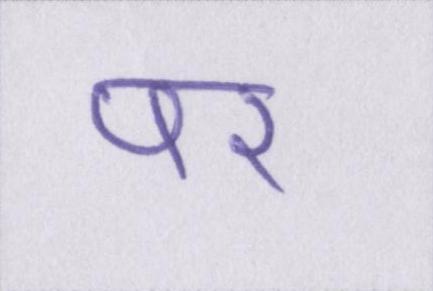
पर